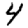
Digit: 4